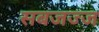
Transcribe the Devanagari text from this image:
सबजज्ज